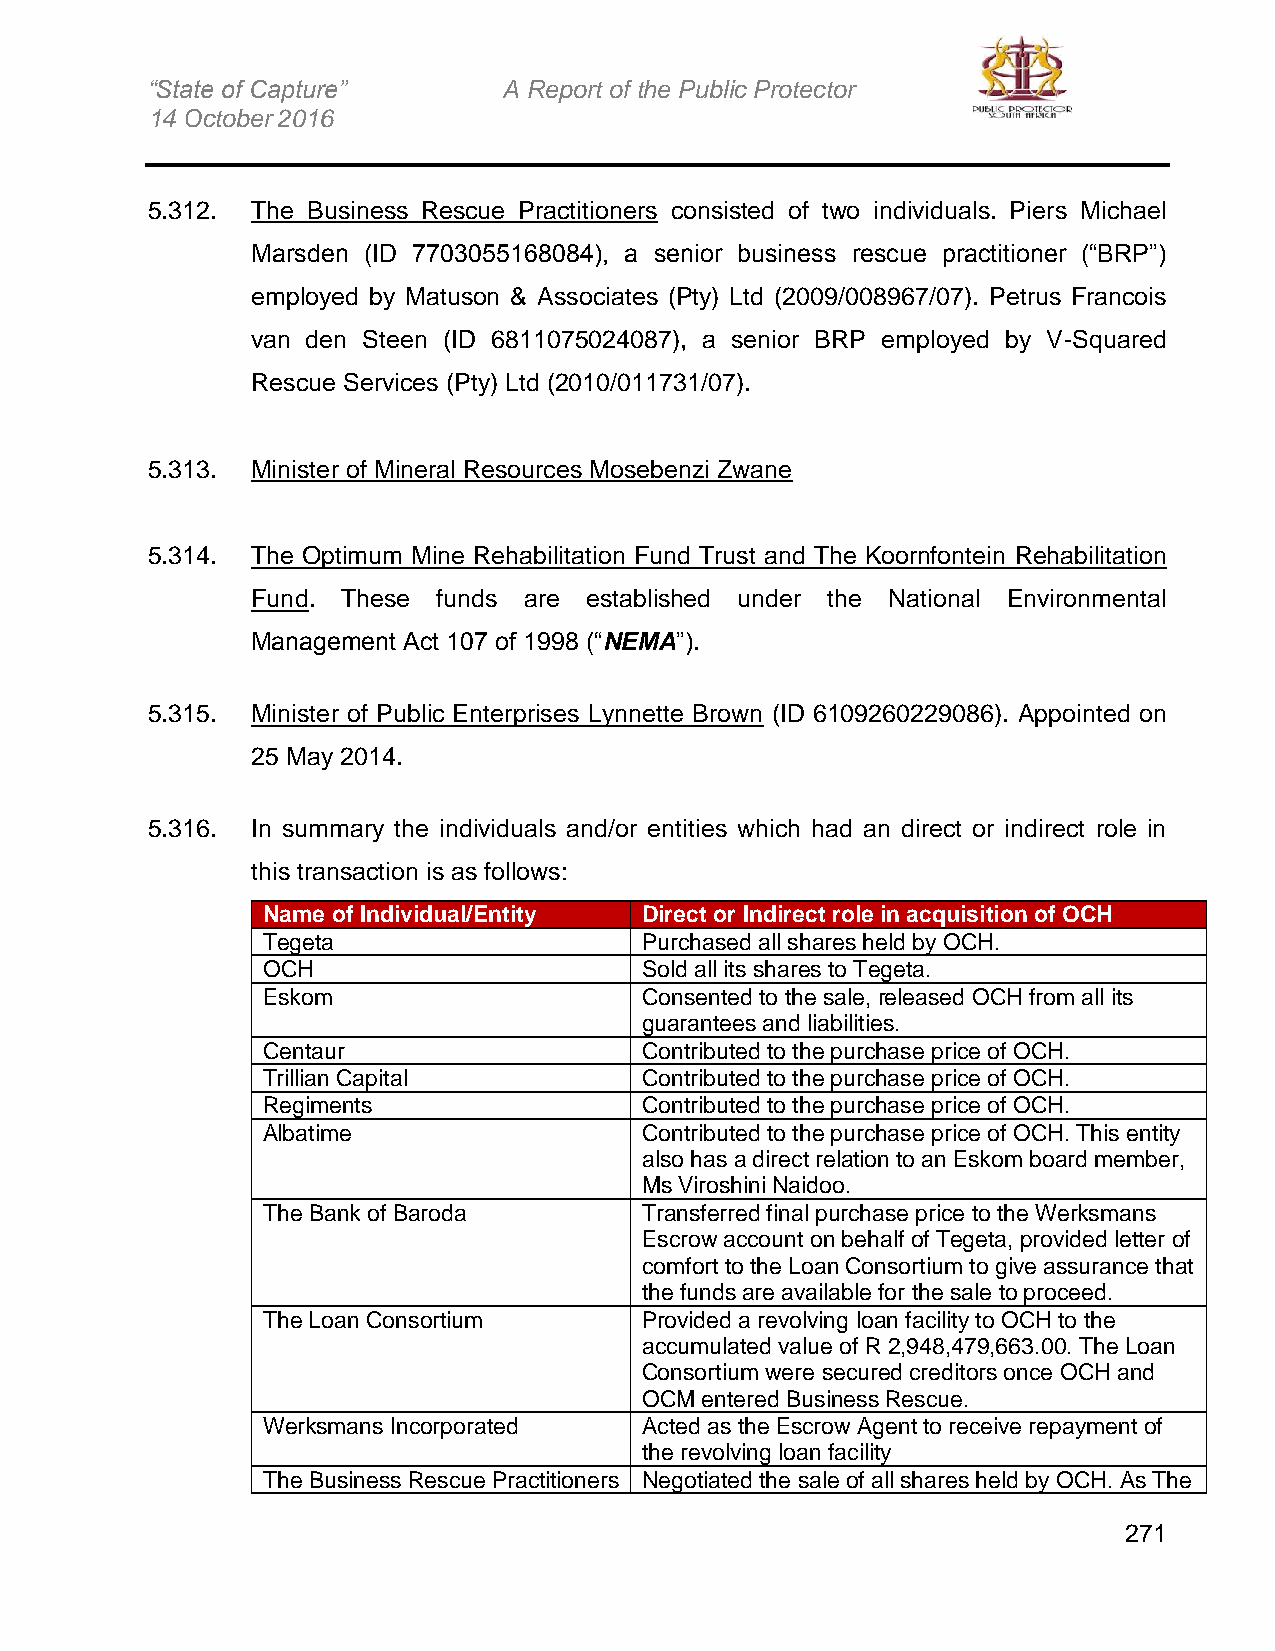
“State of Capture”     A Report of the Public Protector
 14 October 2016
 5.312. The Business Rescue Practitioners consisted of two individuals. Piers Michael
 Marsden (ID 7703055168084), a senior business rescue practitioner (“BRP”)
 employed by Matuson & Associates (Pty) Ltd (2009/008967/07). Petrus Francois
 van den Steen (ID 6811075024087), a senior BRP employed by V-Squared
 Rescue Services (Pty) Ltd (2010/011731/07).
 5.313. Minister of Mineral Resources Mosebenzi Zwane
 5.314. The Optimum Mine Rehabilitation Fund Trust and The Koornfontein Rehabilitation
 Fund. These funds are established under the National Environmental
 Management Act 107 of 1998 (“NEMA”).
 5.315. Minister of Public Enterprises Lynnette Brown (ID 6109260229086). Appointed on
 25 May 2014.
 5.316. In summary the individuals and/or entities which had an direct or indirect role in
 this transaction is as follows:
 Name of Individual/Entity Direct or Indirect role in acquisition of OCH
 Tegeta                   Purchased all shares held by OCH.
 OCH                      Sold all its shares to Tegeta.
 Eskom                    Consented to the sale, released OCH from all its
 guarantees and liabilities.
 Centaur                  Contributed to the purchase price of OCH.
 Trillian Capital         Contributed to the purchase price of OCH.
 Regiments                Contributed to the purchase price of OCH.
 Albatime                 Contributed to the purchase price of OCH. This entity
 also has a direct relation to an Eskom board member,
 Ms Viroshini Naidoo.
 The Bank of Baroda       Transferred final purchase price to the Werksmans
 Escrow account on behalf of Tegeta, provided letter of
 comfort to the Loan Consortium to give assurance that
 the funds are available for the sale to proceed.
 The Loan Consortium      Provided a revolving loan facility to OCH to the
 accumulated value of R 2,948,479,663.00. The Loan
 Consortium were secured creditors once OCH and
 OCM entered Business Rescue.
 Werksmans Incorporated   Acted as the Escrow Agent to receive repayment of
 the revolving loan facility
 The Business Rescue Practitioners Negotiated the sale of all shares held by OCH. As The
 271